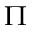
\Pi